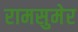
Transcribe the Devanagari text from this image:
रामसुमेर